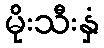
မိုးသီးနှံ